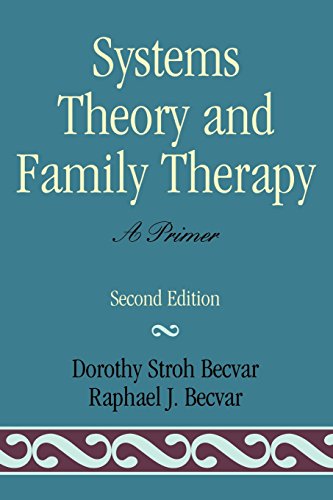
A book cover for Systems Theory and Family Therapy: A Primer; Dorothy Stroh Becvar; Science & Math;